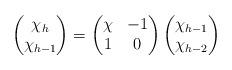
LaTeX: \begin{align*}\begin{pmatrix} \chi_h\\\chi_{h-1}\end{pmatrix}=\begin{pmatrix}\chi&-1\\1&0\end{pmatrix}\begin{pmatrix} \chi_{h-1}\\\chi_{h-2}\end{pmatrix}\end{align*}